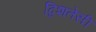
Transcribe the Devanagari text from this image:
द्विशतेसी